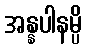
အန္နပါနမ္ပိ